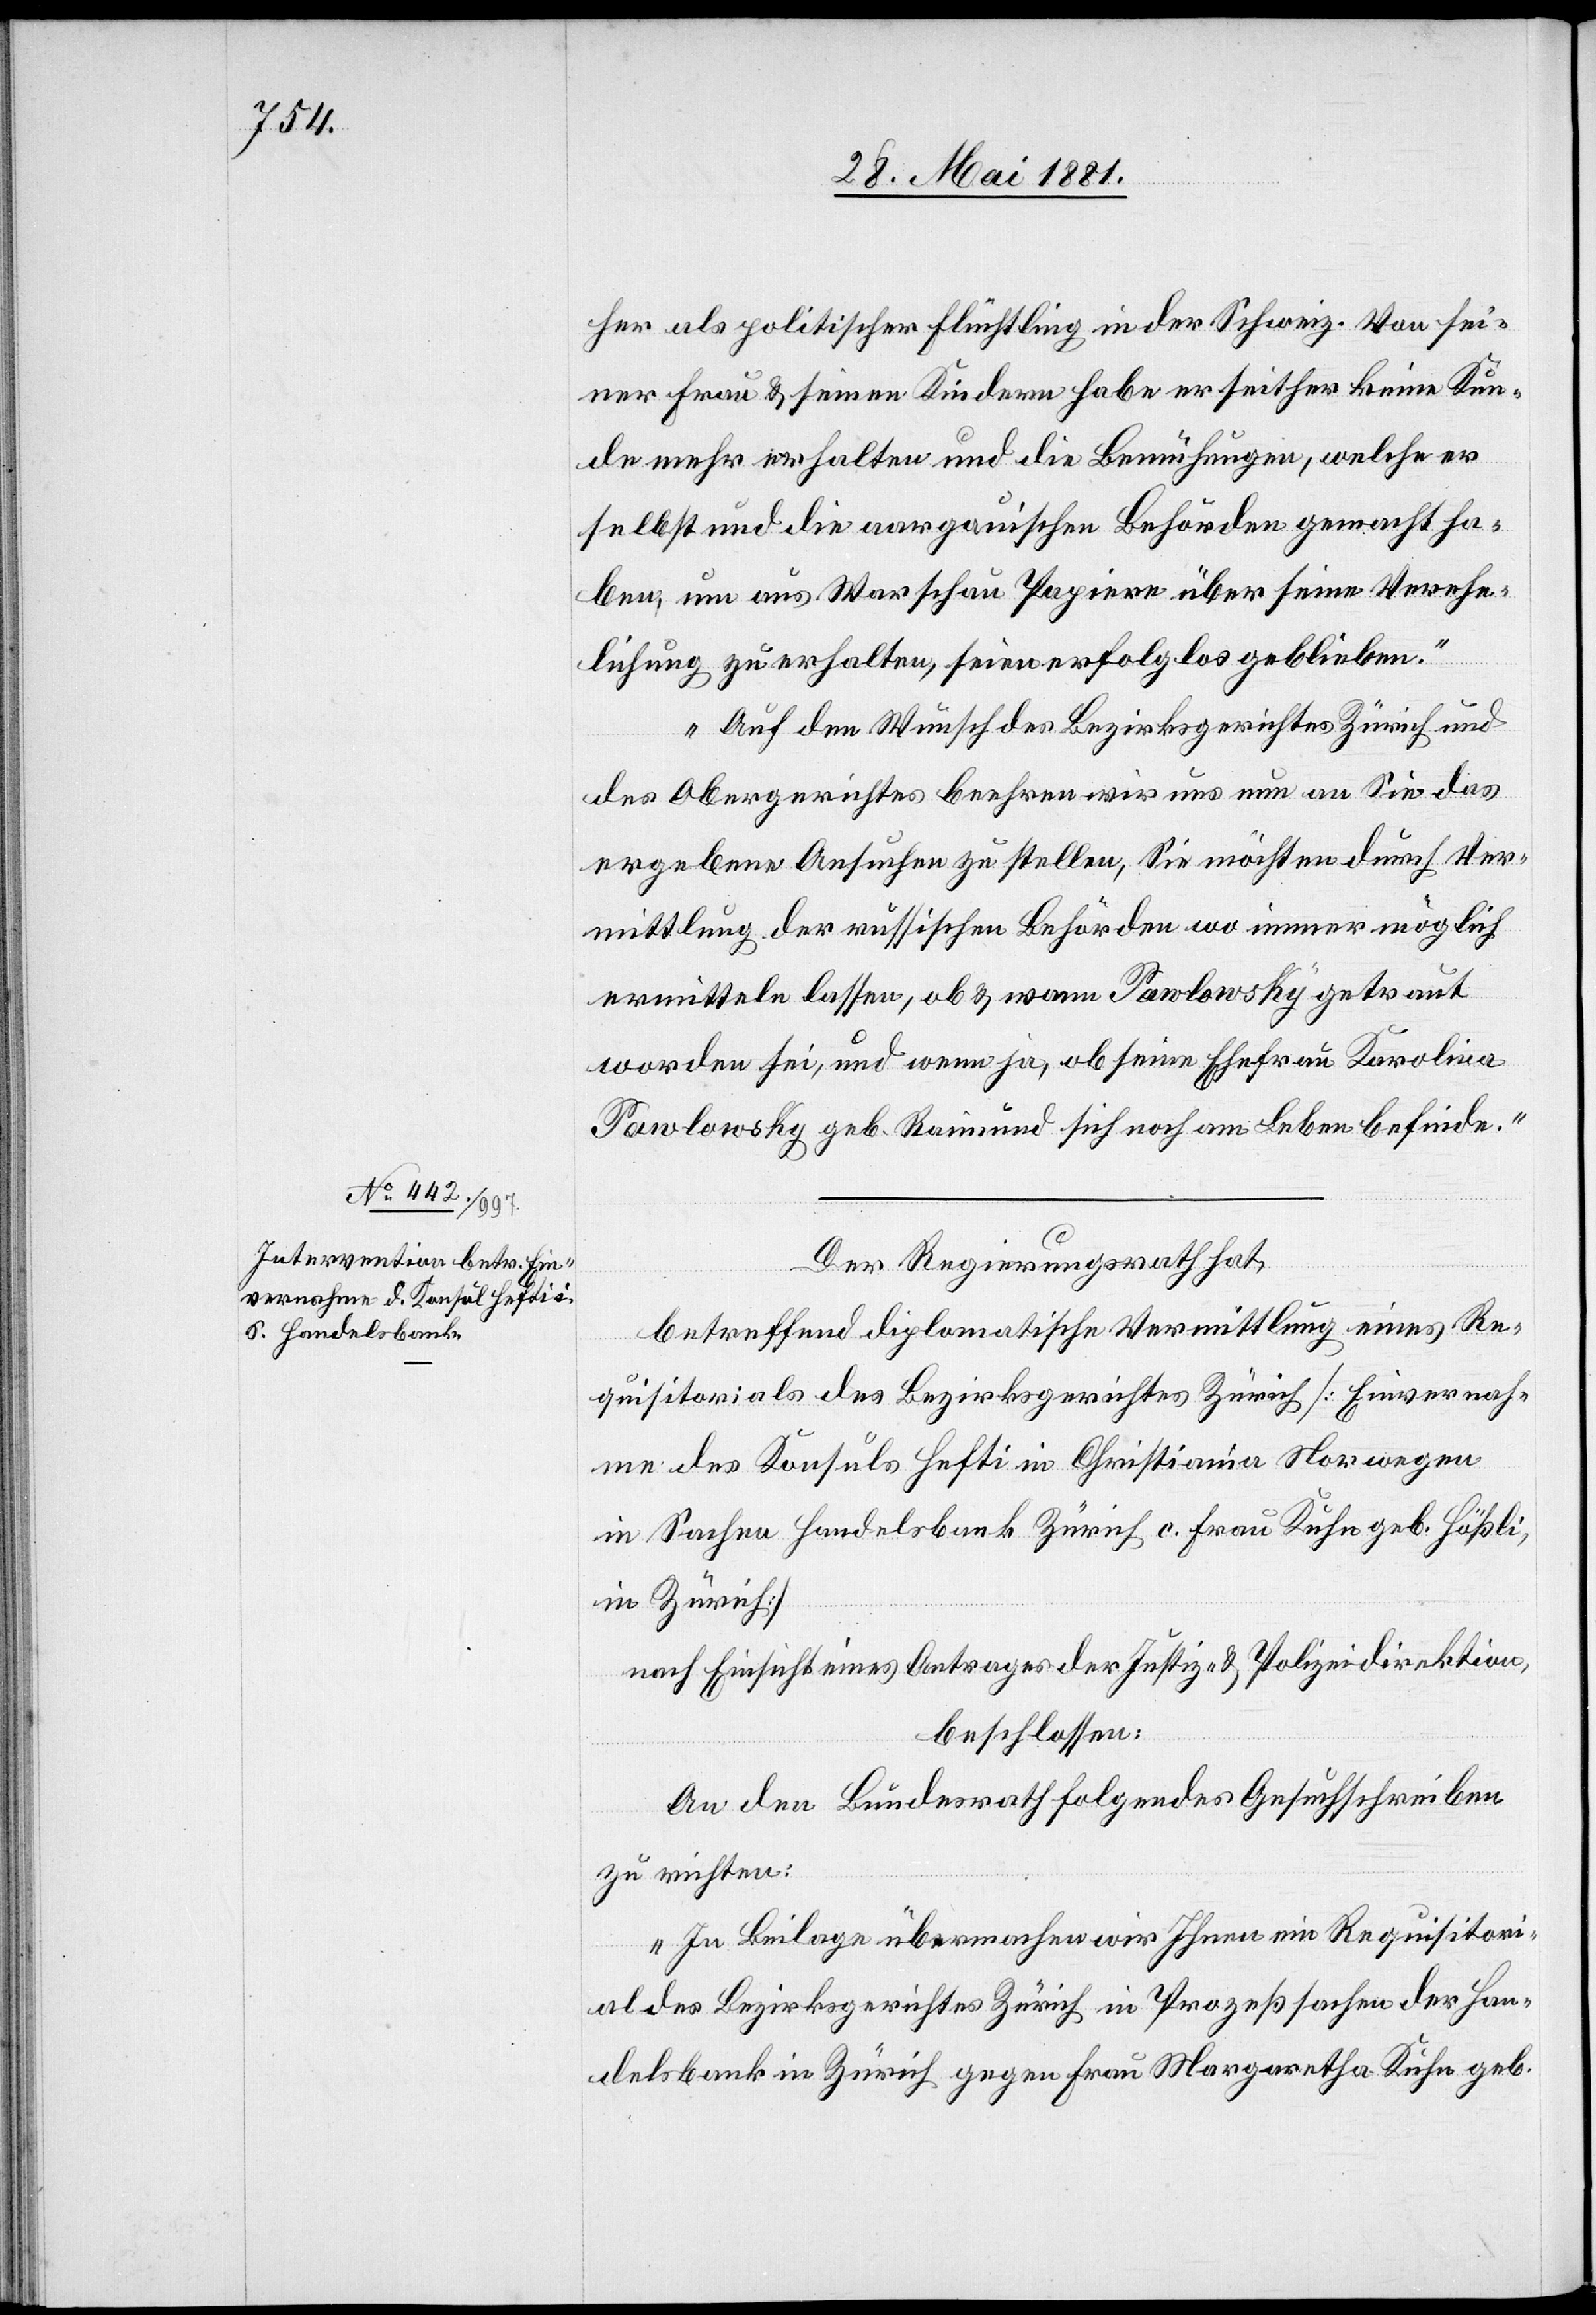
30. Mai 1881.]
her als politischer Flüchtling in der Schweiz. Von sei¬
ner Frau & seinen Kindern habe er seither keine Kun¬
de mehr erhalten und die Bemühungen, welche er
selbst und die aargauischen Behörden gemacht ha¬
ben, um aus Warschau Papiere über seine Verehe¬
lichung zu erhalten, seien erfolglos geblieben.
Auf den Wunsch des Bezirksgerichtes Zürich und
des Obergerichtes beehren wir uns nun an Sie das
ergebene Ansuchen zu stellen, Sie möchten durch Ver¬
mittlung der russischen Behörden wo immer möglich
ermitteln lassen, ob & wann Pawlowsky getraut
worden sei, und wenn ja, ob seine Ehefrau Karolina
Pawlowsky geb. Raimund sich noch am Leben befinde.
Der Regierungsrath hat,
betreffend diplomatische Vermittlung eines Re¬
quisitorials des Bezirksgerichtes Zürich [Einvernah¬
me des Konsuls Hefti in Christiania Norwegen
in Sachen Handelsbank Zürich c. Frau Kuhn geb. Hößli,
in Zürich]
nach Einsicht eines Antrages der Justiz- & Polizeidirektion,
beschlossen:
An den Bundesrath folgendes Gesuchschreiben
zu richten:
„In Beilage übermachen wir Ihnen ein Requisitori¬
al des Bezirksgerichtes Zürich in Prozeßsachen der Han¬
delsbank in Zürich gegen Frau Margaretha Kuhn geb.